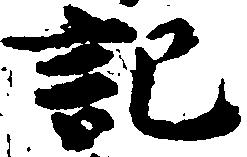
記